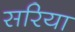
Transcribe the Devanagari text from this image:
सरिया